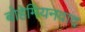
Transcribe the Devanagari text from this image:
बोहेमियनवाद